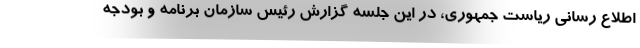
اطلاع رسانی ریاست جمهوری، در این جلسه گزارش رئیس سازمان برنامه و بودجه